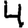
Digit: 4